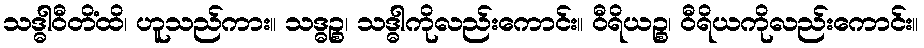
သဒ္ဓါဝီတိံထိ၊ ဟူသည်ကား။ သဒ္ဓဉ္စ၊ သဒ္ဓါကိုလည်းကောင်း။ ဝီရိယဉ္စ၊ ဝီရိယကိုလည်းကောင်း။